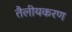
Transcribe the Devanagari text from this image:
तैलीयकरण